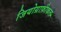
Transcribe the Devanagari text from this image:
जियोग्राफ़ीकल